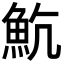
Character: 𩵸